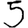
Digit: 5